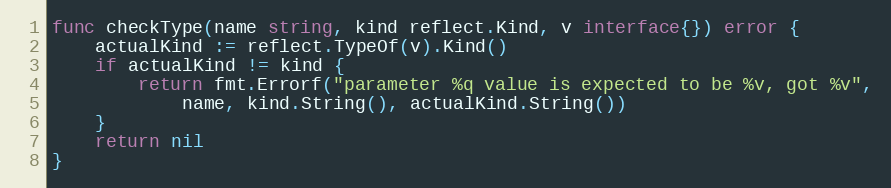
Language: Go
func checkType(name string, kind reflect.Kind, v interface{}) error {
	actualKind := reflect.TypeOf(v).Kind()
	if actualKind != kind {
		return fmt.Errorf("parameter %q value is expected to be %v, got %v",
			name, kind.String(), actualKind.String())
	}
	return nil
}